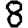
Digit: 8